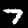
Label: 7